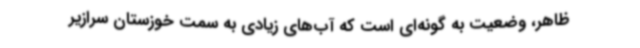
ظاهر، وضعیت به گونه‌ای است که آب‌های زیادی به سمت خوزستان سرازیر